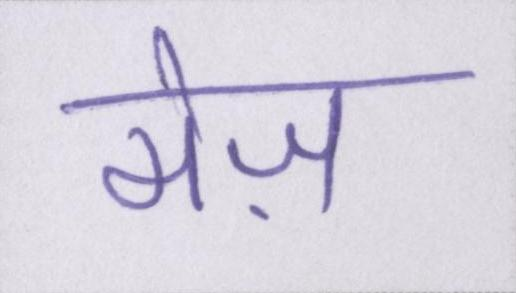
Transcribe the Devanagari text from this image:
मेज़